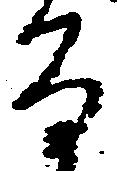
な